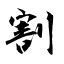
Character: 割